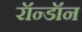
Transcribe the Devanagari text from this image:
रॉन्डॉन